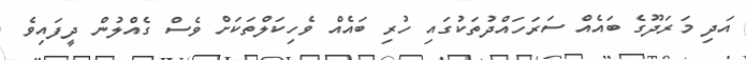
އަދި މަރަދޫގެ ބައެއް ސަރަހައްދުތަކުގައި ހުރި ބައެއް ވެހިކަލްތަކަށް ވެސް ގެއްލުން ދީފައިވެ